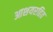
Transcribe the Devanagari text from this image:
आशयरहित